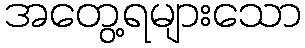
အတွေ့ရများသော